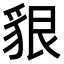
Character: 貇